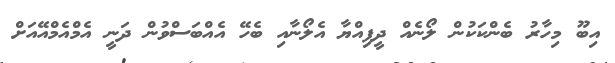
އިބޫ މިހާރު ބެންކަކުން ލޯނެއް ދީފިއްޔާ އެލޯނާއި ބެހޭ އެއްބަސްވުން ދަނީ އެމްއެމްއޭއަށް